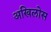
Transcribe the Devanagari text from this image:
अखिलोस